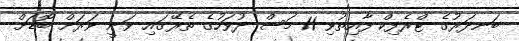
ބަނދަރުގެ ޓްރެފިކް ފާއިތުވި 11 މަސް ދުވަހުގެ ތެރޭގައި ވަނީ ވަރަށް ބޮޑަށް